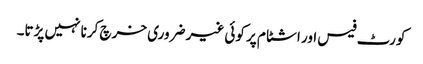
کورٹ فیس اور اشٹام پر کوئی غیر ضروری خرچ کرنا نہیں پڑتا۔